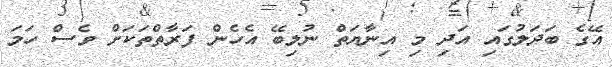
އޭގެ ބަދަލުގައި އަދި މި އިނާޔަތް ނުލިބޭ އެހެން ފަރާތްތަކަށް ވެސް ހަމަ